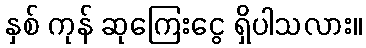
နှစ် ကုန် ဆုကြေးငွေ ရှိပါသလား။